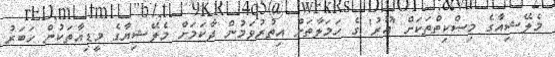
މެލޭޝިއާގެ މިސްކިތްތަކަށް 'އޫރު' ގެ ހަމަލާތަށް އިތުރުވަމުން ދާކަމަށް މެލޭޝިޔާގެ މީޑިއާތަކުން ހަބަރު